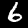
Label: 6